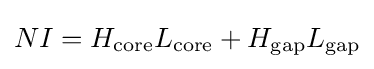
NI=H_{\mathrm {core} }L_{\mathrm {core} }+H_{\mathrm {gap} }L_{\mathrm {gap} }